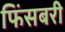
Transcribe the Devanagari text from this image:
फिंसबरी